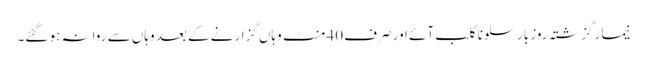
نیمار گزشتہ روز بارسلونا کلب آئے اور صرف 40 منٹ وہاں گزارنے کے بعد وہاں سے روانہ ہو گئے۔